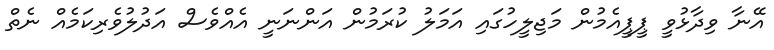
އޭނާ ވިދާޅުވީ ޕީޕީއެމުން މަޖިލީހުގައި އަމަލު ކުރަމުން އަންނަނީ އެއްވެސް އަދުލުވެރިކަމެއް ނެތް